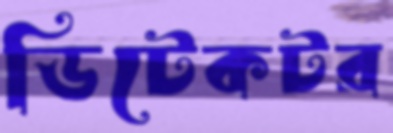
ডিটেকটর